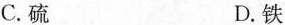
C.硫 D.铁